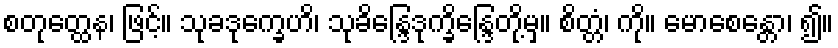
စတုတ္ထေန၊ ဖြင့်။ သုခဒုက္ခေဟိ၊ သုခိန္ဒြေဒုက္ခိန္ဒြေတို့မှ။ စိတ္တံ၊ ကို။ မောစေန္တော၊ ၍။